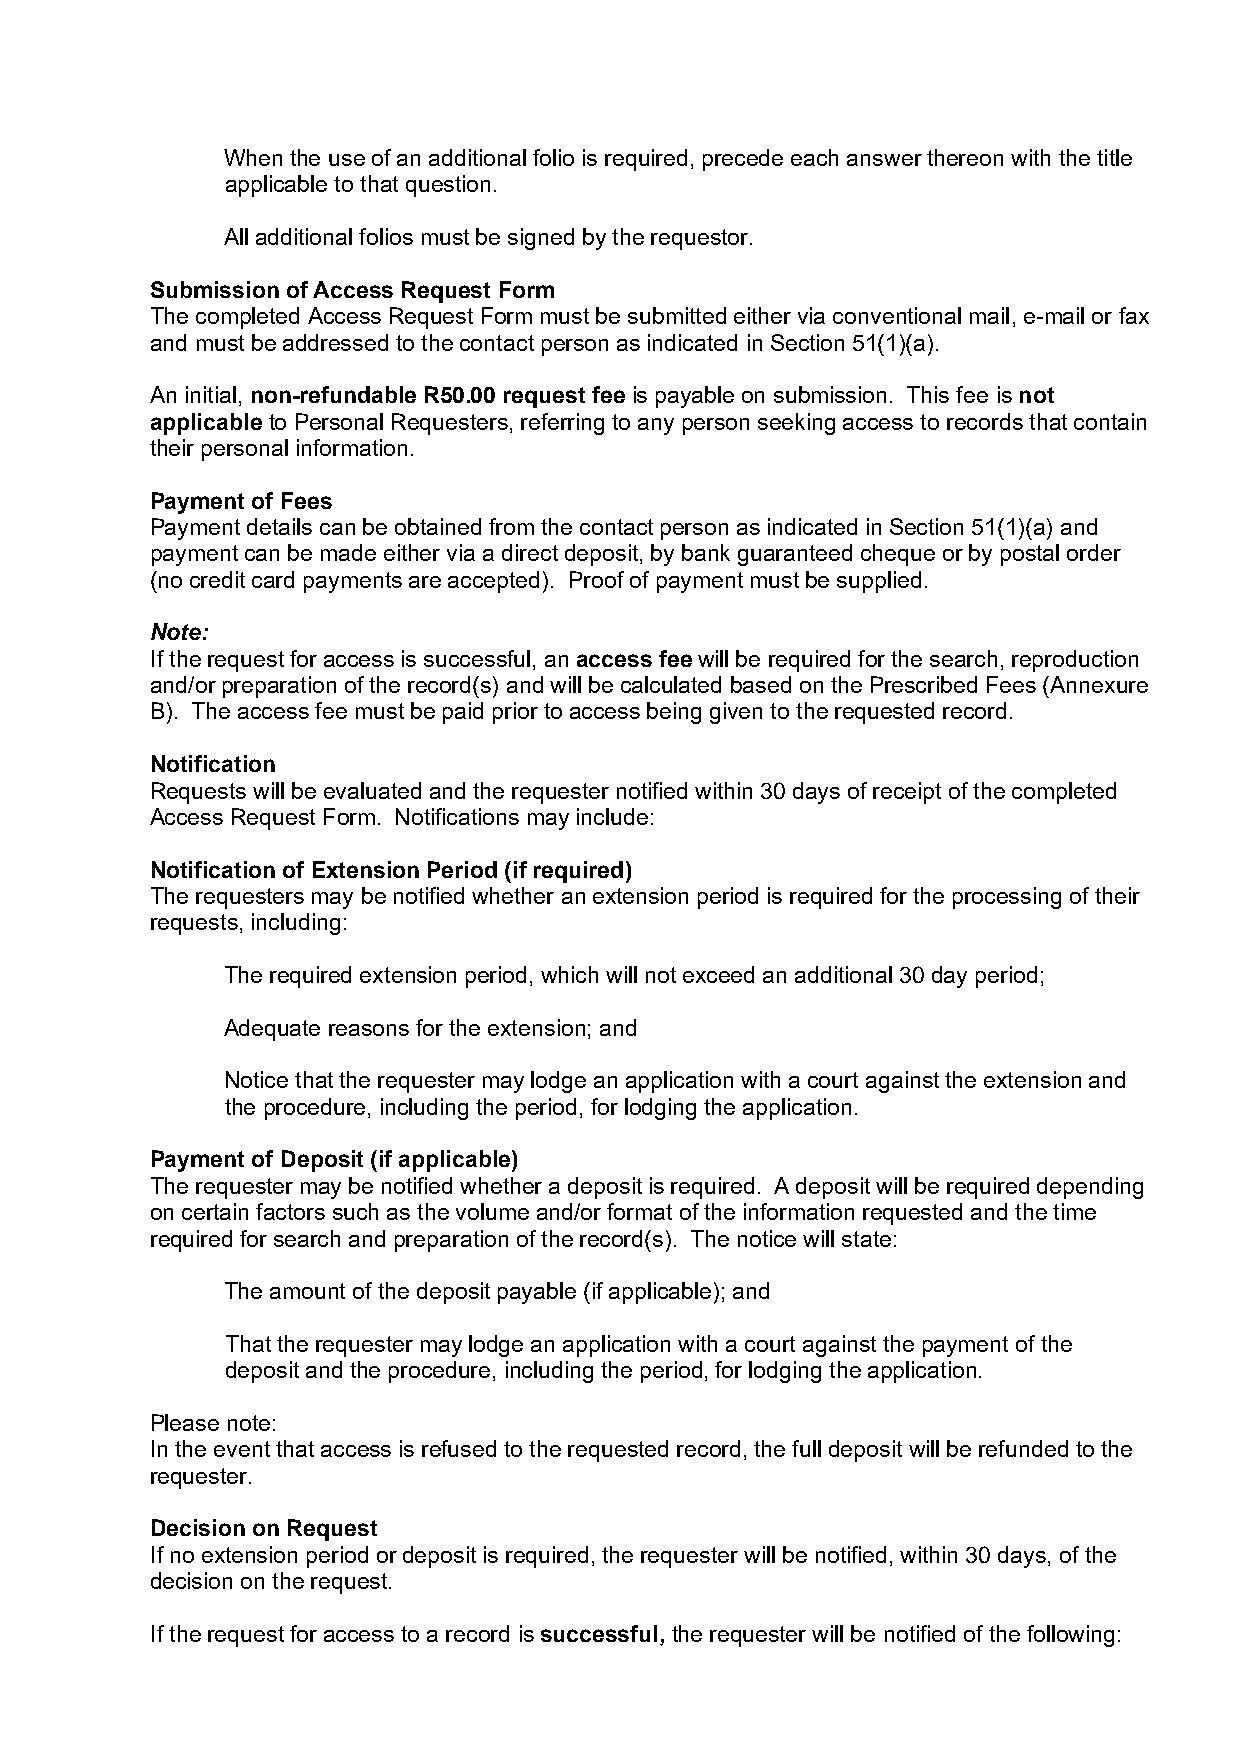
When the use of an additional folio is required, precede each answer thereon with the title
 applicable to that question.
 All additional folios must be signed by the requestor.
 Submission of Access Request Form
 The completed Access Request Form must be submitted either via conventional mail, e-mail or fax
 and must be addressed to the contact person as indicated in Section 51(1)(a).
 An initial, non-refundable R50.00 request fee is payable on submission. This fee is not
 applicable to Personal Requesters, referring to any person seeking access to records that contain
 their personal information.
 Payment of Fees
 Payment details can be obtained from the contact person as indicated in Section 51(1)(a) and
 payment can be made either via a direct deposit, by bank guaranteed cheque or by postal order
 (no credit card payments are accepted). Proof of payment must be supplied.
 Note:
 If the request for access is successful, an access fee will be required for the search, reproduction
 and/or preparation of the record(s) and will be calculated based on the Prescribed Fees (Annexure
 B). The access fee must be paid prior to access being given to the requested record.
 Notification
 Requests will be evaluated and the requester notified within 30 days of receipt of the completed
 Access Request Form. Notifications may include:
 Notification of Extension Period (if required)
 The requesters may be notified whether an extension period is required for the processing of their
 requests, including:
 The required extension period, which will not exceed an additional 30 day period;
 Adequate reasons for the extension; and
 Notice that the requester may lodge an application with a court against the extension and
 the procedure, including the period, for lodging the application.
 Payment of Deposit (if applicable)
 The requester may be notified whether a deposit is required. A deposit will be required depending
 on certain factors such as the volume and/or format of the information requested and the time
 required for search and preparation of the record(s). The notice will state:
 The amount of the deposit payable (if applicable); and
 That the requester may lodge an application with a court against the payment of the
 deposit and the procedure, including the period, for lodging the application.
 Please note:
 In the event that access is refused to the requested record, the full deposit will be refunded to the
 requester.
 Decision on Request
 If no extension period or deposit is required, the requester will be notified, within 30 days, of the
 decision on the request.
 If the request for access to a record is successful, the requester will be notified of the following: